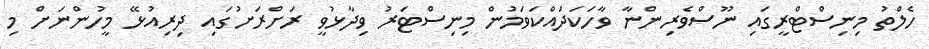
ހެލްތު މިނިސްޓްރީގައި ނޫސްވެރިންނާ ވާހަކަދައްކަވަމުން މިނިސްޓަރު ވިދާޅުވީ ރަށްރަށުގައި ދިރިއުޅޭ މީހުންނަށް މި